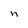
Character: n